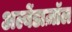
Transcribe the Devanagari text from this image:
अल्बेंडाज़ॉल